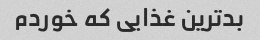
بدترین غذایی که خوردم